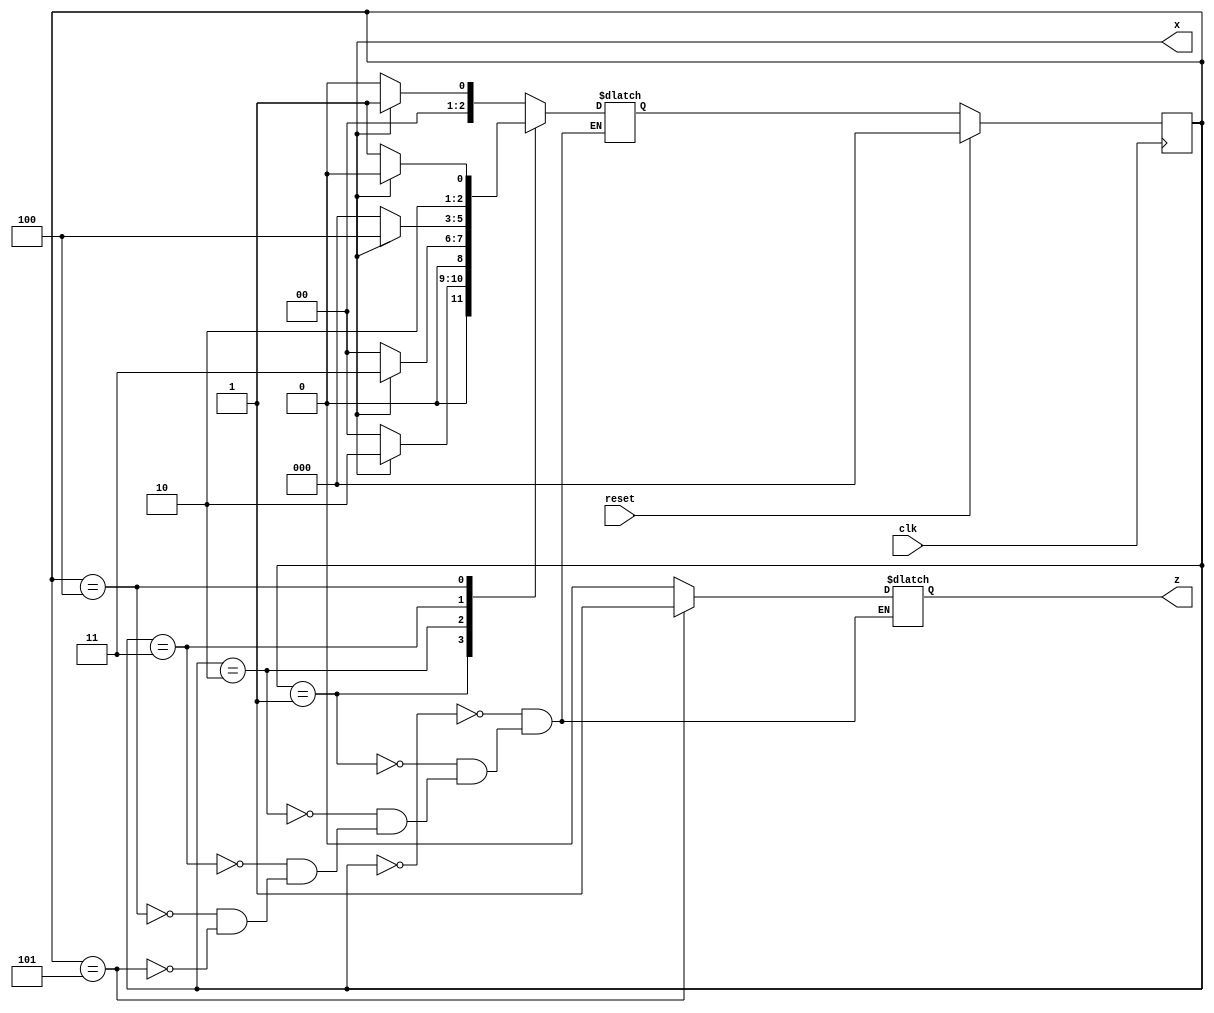
`timescale 1ns/1ps


module moore_fsm(input clk,
                  input reset,
                  output x,
                  output reg z);

  parameter s0=3'b000;
  parameter s1=3'b001;
  parameter s2=3'b010;
  parameter s3=3'b011;
  parameter s4=3'b100;
  parameter s5=3'b101;

  reg[2:0] ps,ns;

  always@(posedge clk)
    begin
      if(reset)
        ps=s0;
      else
        ps=ns;
    end

  always@(ps or x)
    begin
    case(ps)
      s0 :  ns= x ? s1 : s0;
        s1:   ns= x ? s2 : s0;
        s2:   ns= x ? s3 : s0;
        s3:    ns= x ? s4 : s0;
        s4:   ns= x ? s4 : s5;
        s5:    ns= x ? s1 : s0;
        endcase
        end

        always@(ps)
          begin
            case(ps)
        s0 :  z=0;
        s1:   z=0;
        s2:   z=0;
        s3:   z=0;
        s4:    z=0;
        s5:   z=1;

              endcase
          end 
      endmodule